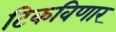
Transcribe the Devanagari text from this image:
टिकविणार